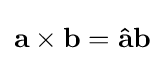
\mathbf {a} \times \mathbf {b} =\mathbf {\hat {a}} \mathbf {b}